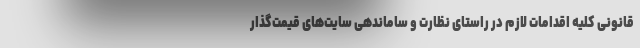
قانونی کلیه اقدامات لازم در راستای نظارت و ساماندهی سایت‌های قیمت‌گذار